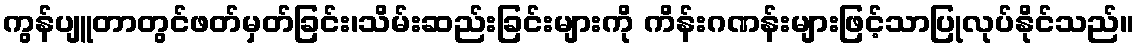
ကွန်ပျူတာတွင်ဖတ်မှတ်ခြင်း၊သိမ်းဆည်းခြင်းများကို ကိန်းဂဏန်းများဖြင့်သာပြုလုပ်နိုင်သည်။